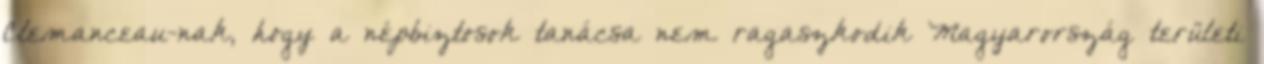
Clemanceau-nak, hogy a népbizto­sok tanácsa nem ragaszkodik Magyarország területi